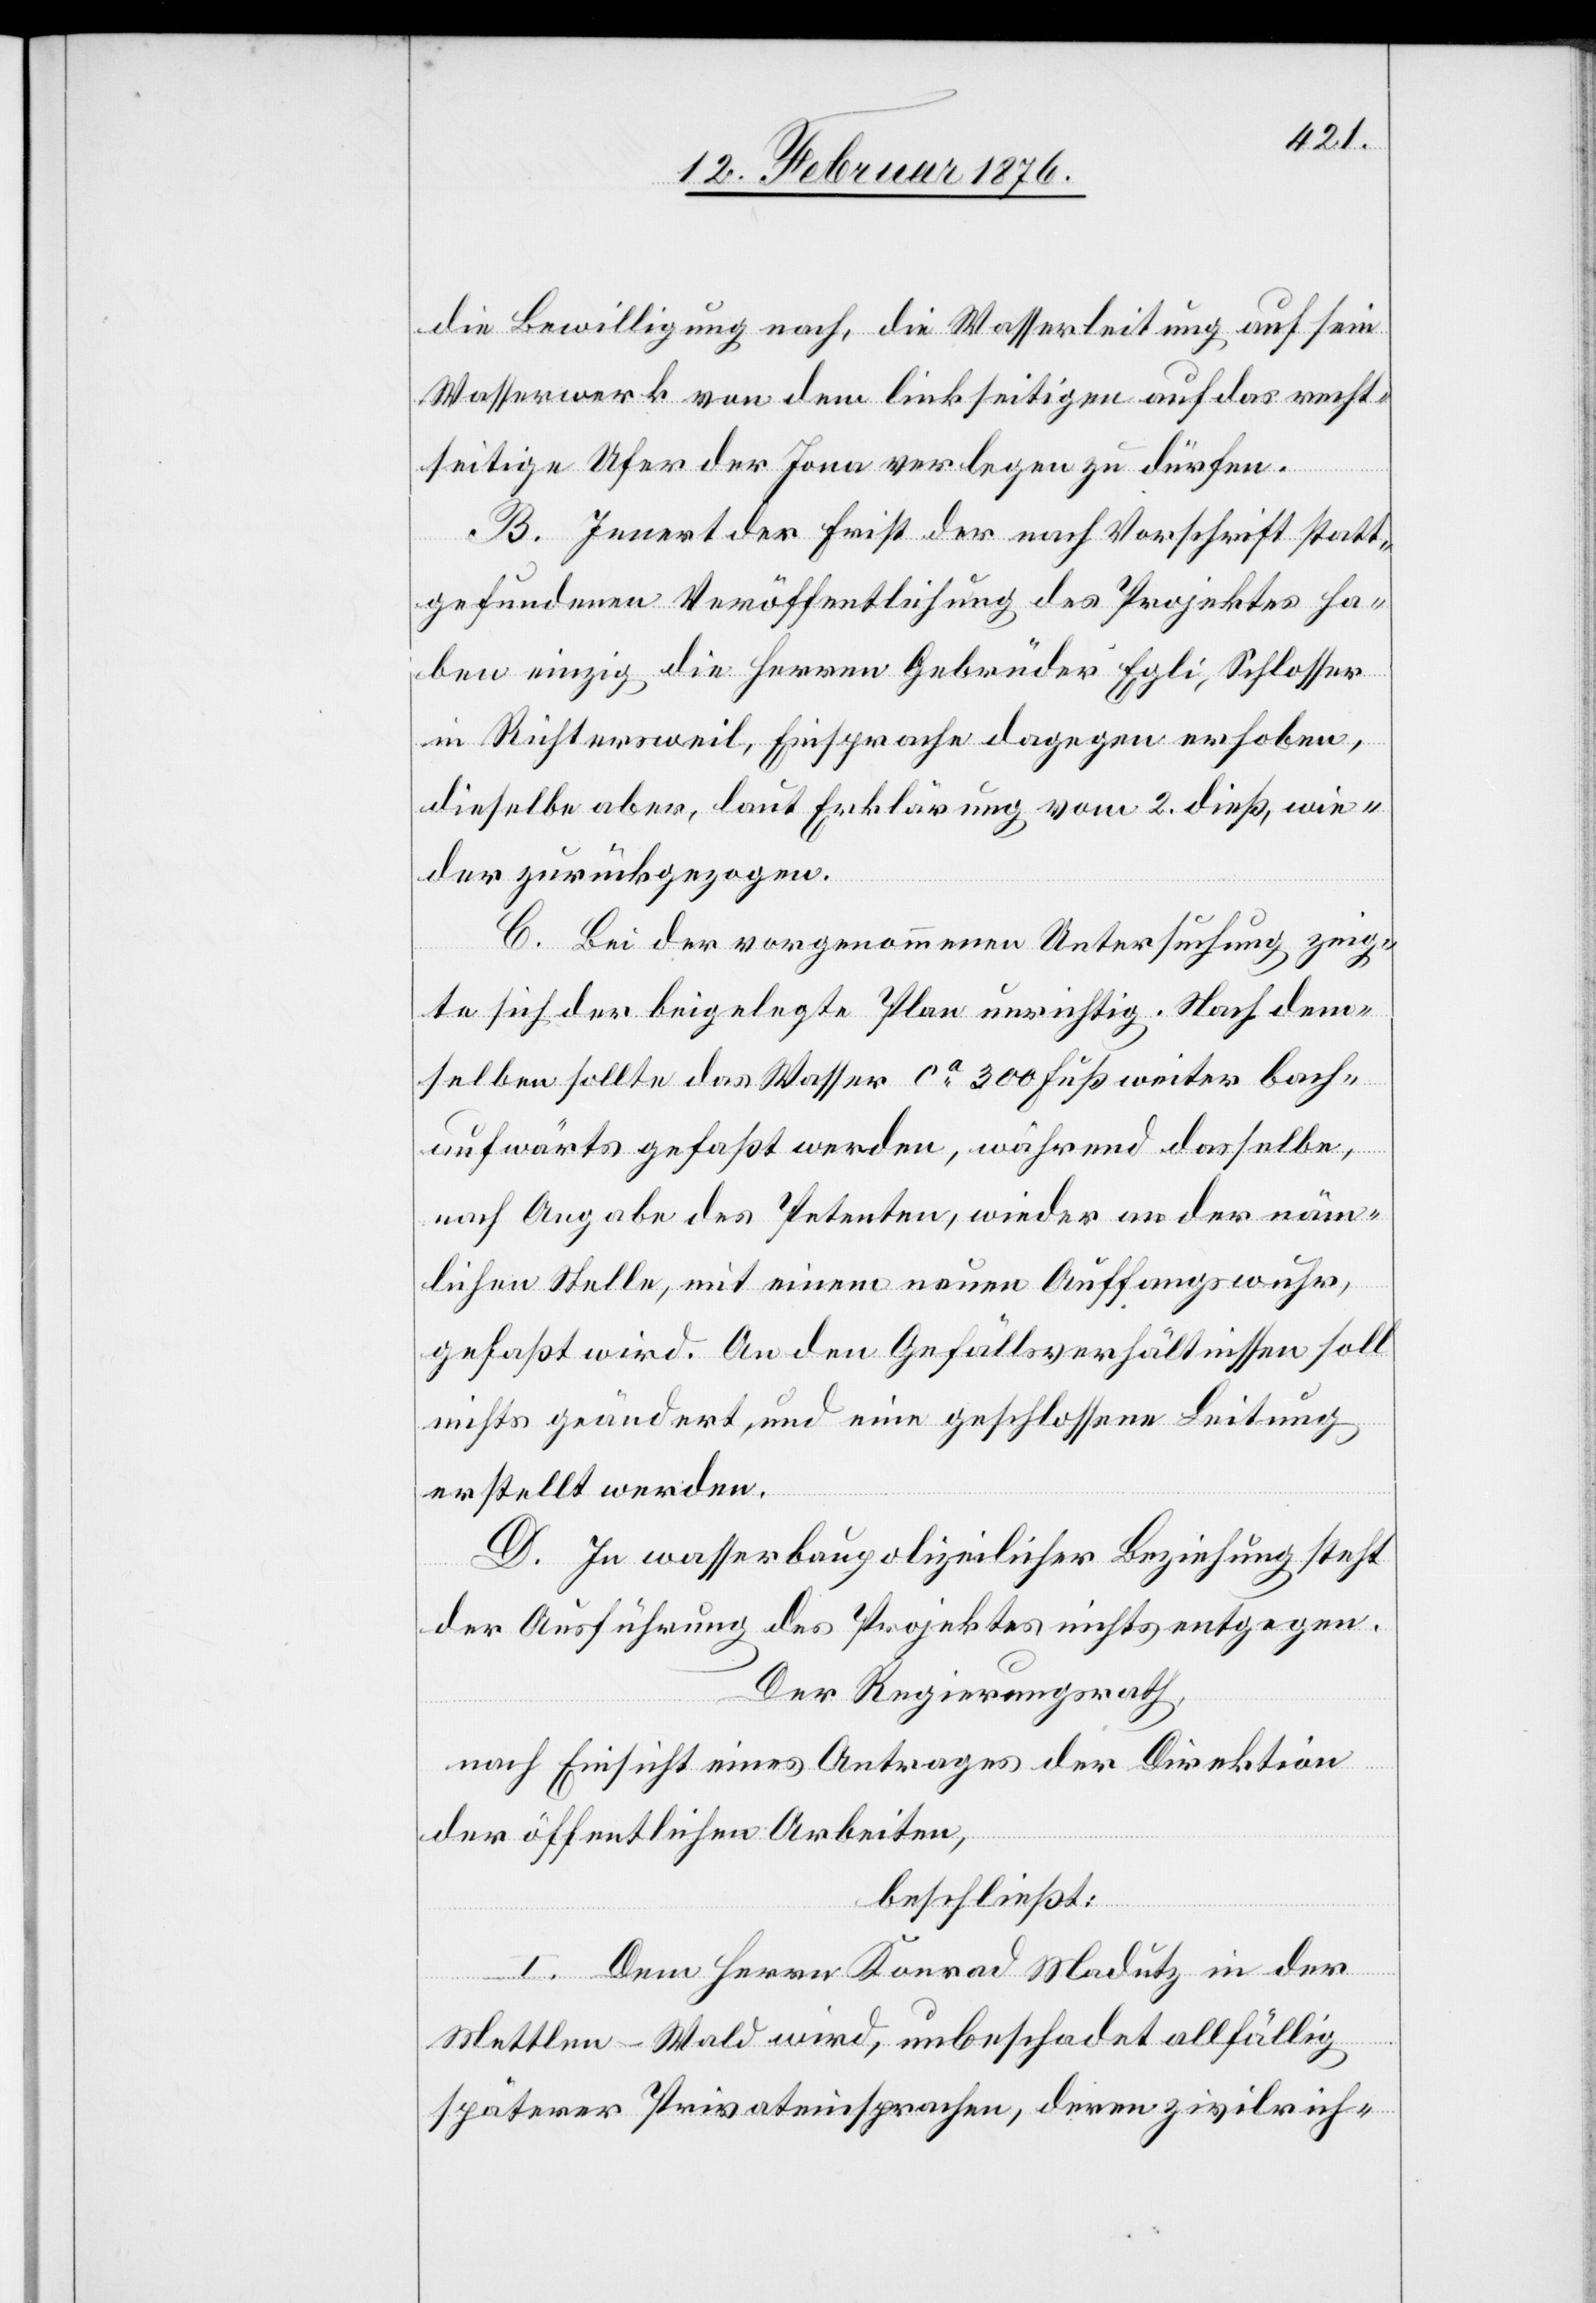
die Bewilligung nach, die Wasserleitung auf sein
Wasserwerk von dem linkseitigen auf das recht¬
seitige Ufer der Jona verlegen zu dürfen.
B. Innert der Frist der nach Vorschrift statt¬
gefundenen Veröffentlichung des Projektes ha¬
ben einzig die Herren Gebrüder Egli, Schlosser
in Richtersweil, Einsprache dagegen erhoben,
dieselbe aber, laut Erklärung vom 2. dieß, wie¬
der zurückgezogen.
C. Bei der vorgenommenen Untersuchung zeig¬
te sich der beigelegte Plan unrichtig. Nach dem¬
selben sollte das Wasser ca 300 Fuß weiter bach¬
aufwärts gefaßt werden, während dasselbe,
nach Angabe des Petenten, wieder an der näm¬
lichen Stelle, mit einem neuen Auffangswuhr,
gefaßt wird. An den Gefällsverhältnissen soll
nichts geändert und eine geschlossene Leitung
erstellt werden.
D. In wasserbaupolizeilicher Beziehung steht
der Ausführung des Projektes nichts entgegen.
Der Regierungsrath,
nach Einsicht eines Antrages der Direktion
der öffentlichen Arbeiten,
beschließt:
I. Dem Herrn Konrad Madutz in der
Mettlen-Wald wird, unbeschadet allfällig
späterer Privateinsprachen, deren zivilrich-